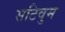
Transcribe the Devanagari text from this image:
सटिवुम